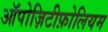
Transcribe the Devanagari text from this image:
ऑपोज़िटीफ़ोलियम